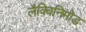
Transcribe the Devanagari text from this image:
लैक्विनिमोड